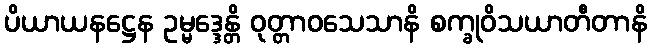
ပိယာယနဋ္ဌေန ဥမ္မဒ္ဒေန္တိ ဝုတ္တာဝသေသာနိ စက္ခုဝိသယာတီတာနိ